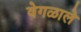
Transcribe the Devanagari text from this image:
वेगळाले